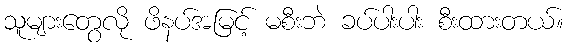
သူများတွေလို ဖိနပ်အမြင့် မစီးဘဲ ခပ်ပါးပါး စီးထားတယ်။